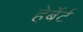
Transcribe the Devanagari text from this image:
हेर्बेर्ट